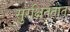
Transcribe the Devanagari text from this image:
सुरक्षिततात